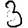
Digit: 3